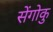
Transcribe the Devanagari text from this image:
सेंगोकु